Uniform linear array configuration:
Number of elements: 64
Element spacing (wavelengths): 0.25
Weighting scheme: cosine
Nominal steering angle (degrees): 0
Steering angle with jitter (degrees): -1.124
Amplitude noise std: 0.05
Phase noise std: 0.05

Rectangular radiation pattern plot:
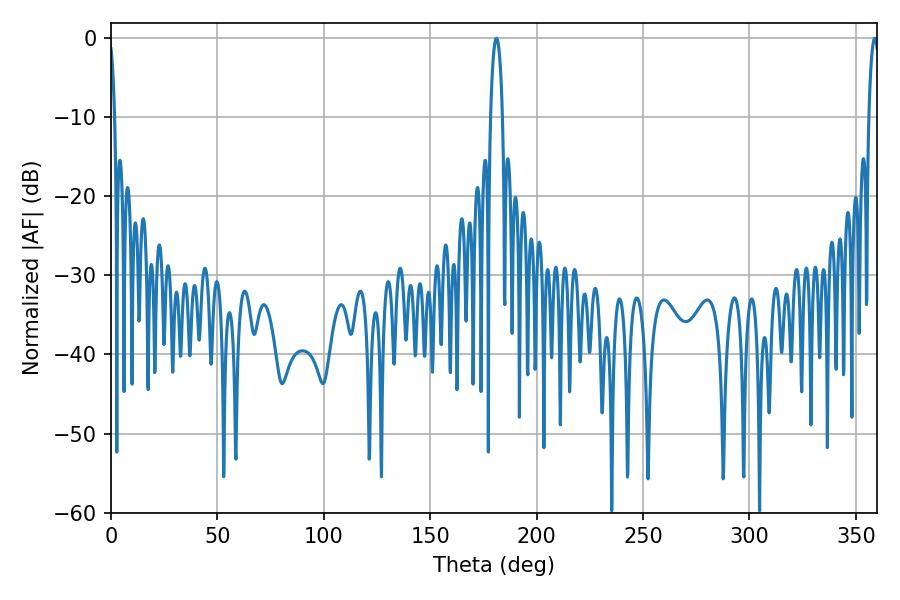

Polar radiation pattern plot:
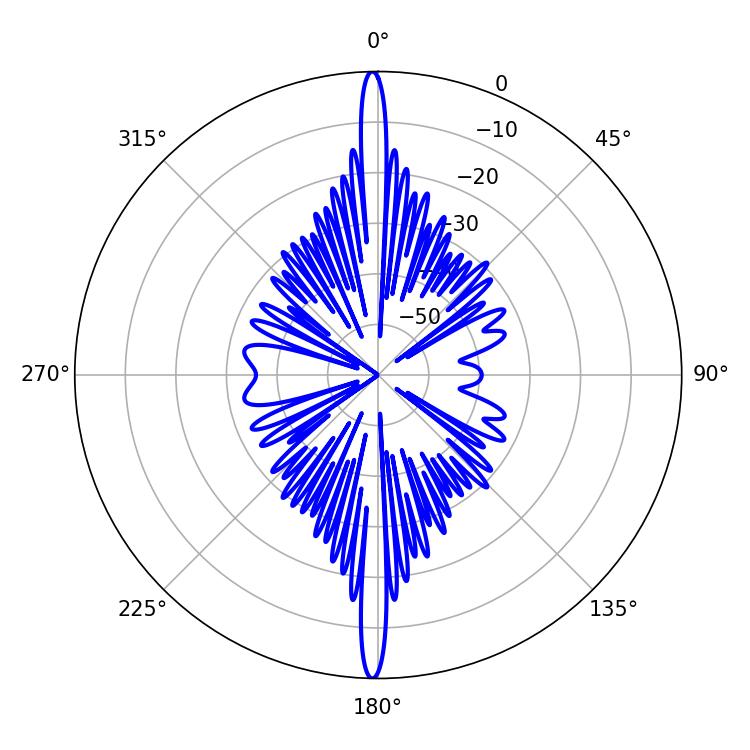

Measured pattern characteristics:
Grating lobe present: FALSE
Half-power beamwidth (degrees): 3.06
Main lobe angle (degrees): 181.08